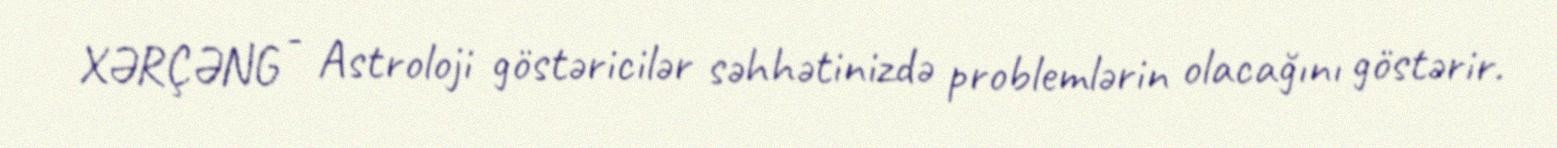
XƏRÇƏNG - Astroloji göstəricilər səhhətinizdə problemlərin olacağını göstərir.